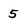
Character: 5